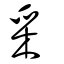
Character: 采